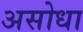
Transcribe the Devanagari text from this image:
असोधा